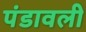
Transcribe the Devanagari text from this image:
पंडावली